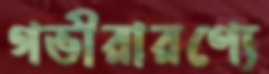
গভীরারণ্যে